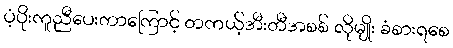
ပံ့ပိုးကူညီပေးတာကြောင့် တကယ့်အီးတီအစစ် လိုမျိုး ခံစားရစေ